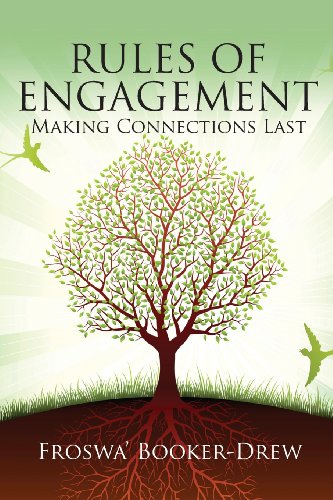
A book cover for Rules of Engagement: Making Connections Last; Froswa' Booker-Drew; Business & Money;